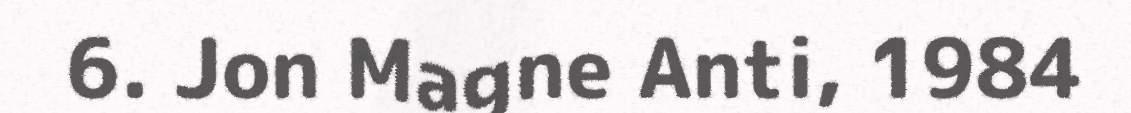
6. Jon Magne Anti, 1984